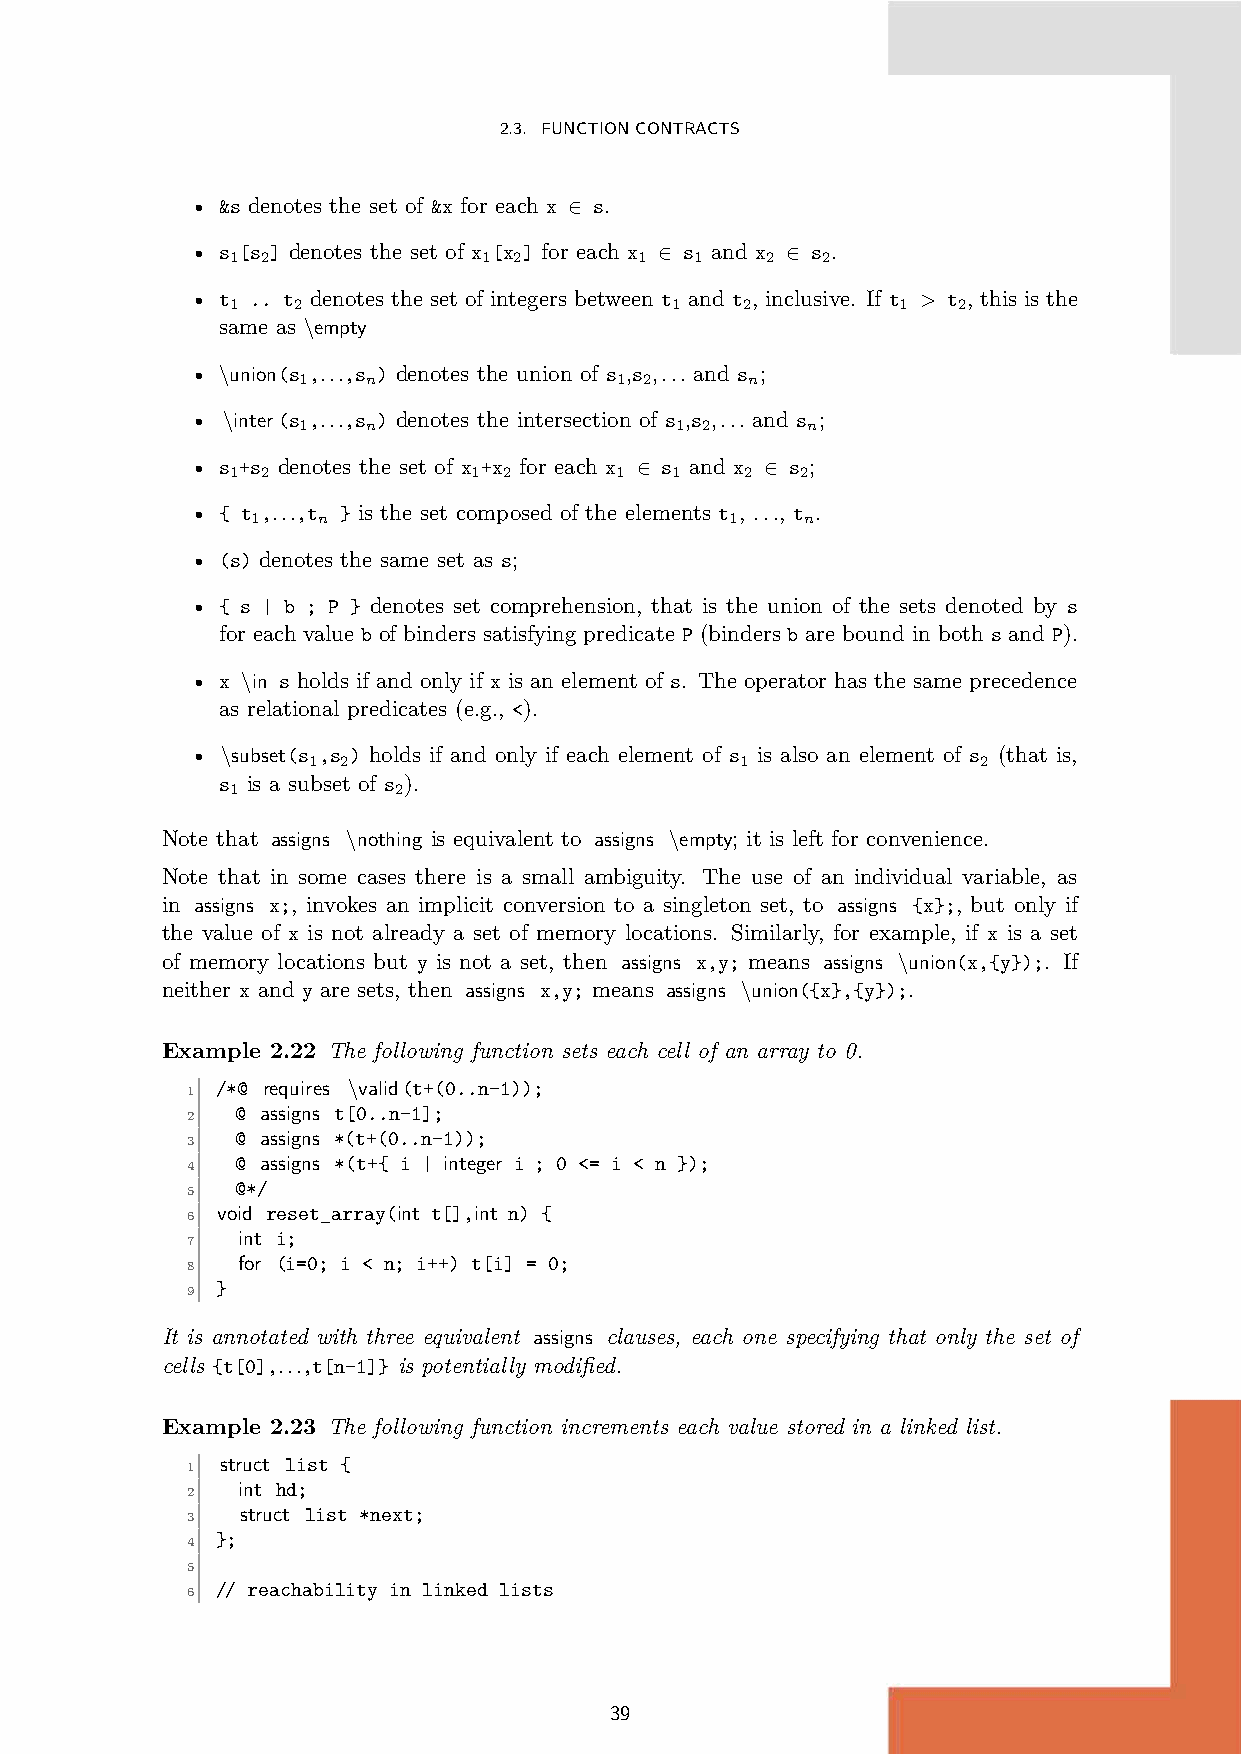
2.3. FUNCTIONCONTRACTS
 • &s denotes the set of &x for each x ∈ s.
 • s [s ] denotes the set of x [x ] for each x ∈ s and x ∈ s .
 1 2              1 2       1   1    2  2
 • t .. t denotes the set of integers between t and t , inclusive. If t > t , this is the
 1   2                        1    2          1  2
 same as \empty
 • \union(s ,...,s ) denotes the union of s ,s ,... and s ;
 1   n                1 2      n
 • \inter(s ,...,s ) denotes the intersection of s ,s ,... and s ;
 1   n                    1 2     n
 • s +s denotes the set of x +x for each x ∈ s and x ∈ s ;
 1 2             1 2       1  1    2   2
 • { t ,...,t } is the set composed of the elements t , ..., t .
 1   n                          1    n
 • (s) denotes the same set as s;
 • { s | b ; P } denotes set comprehension, that is the union of the sets denoted by s
 for each value b of binders satisfying predicate P (binders b are bound in both s and P).
 • x \in s holds if and only if x is an element of s. The operator has the same precedence
 as relational predicates (e.g., <).
 • \subset(s ,s ) holds if and only if each element of s is also an element of s (that is,
 1  2                         1               2
 s is a subset of s ).
 1          2
 Note that assigns \nothing is equivalent to assigns \empty; it is left for convenience.
 Note that in some cases there is a small ambiguity. The use of an individual variable, as
 in assigns x;, invokes an implicit conversion to a singleton set, to assigns {x};, but only if
 the value of x is not already a set of memory locations. Similarly, for example, if x is a set
 of memory locations but y is not a set, then assigns x,y; means assigns \union(x,{y});. If
 neither x and y are sets, then assigns x,y; means assigns \union({x},{y});.
 Example 2.22 The following function sets each cell of an array to 0.
 /*@ requires \valid(t+(0..n-1));
 1
 @ assigns t[0..n-1];
 2
 @ assigns *(t+(0..n-1));
 3
 @ assigns *(t+{ i | integer i ; 0 <= i < n });
 4
 @*/
 5
 void reset_array(int t[],int n) {
 6
 int i;
 7
 for (i=0; i < n; i++) t[i] = 0;
 8
 }
 9
 It is annotated with three equivalent assigns clauses, each one specifying that only the set of
 cells {t[0],...,t[n-1]} is potentially modified.
 Example 2.23 The following function increments each value stored in a linked list.
 struct list {
 1
 int hd;
 2
 struct list *next;
 3
 };
 4
 5
 // reachability in linked lists
 6
 39